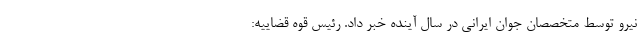
نیرو توسط متخصصان جوان ایرانی در سال آینده خبر داد. رئیس قوه قضاییه: